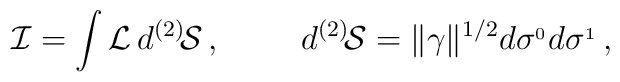
{\cal I}=\int {\cal L}\, d^{(2)}\!{\cal S}\, ,\hskip 1 cm  d^{(2)}\!{\cal S}= \Vert\gamma\Vert^{1/2} d\sigma^{_0}d\sigma^{_1} \,  ,